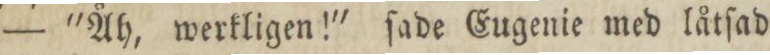
— 'Åh, werkligen!' ſade Eugenie med låtſad